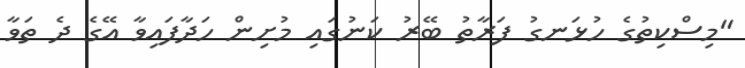
"މިސްކިތުގެ ހުޅަނގު ފަރާތު ބޭރު ކަނުގައި މުށިން ހަދާފައިވާ އޭގެ ދެ ތަވާ